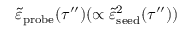
\tilde { \varepsilon } _ { \mathrm { p r o b e } } ( \tau ^ { \prime \prime } ) ( \propto \tilde { \varepsilon } _ { \mathrm { s e e d } } ^ { 2 } ( \tau ^ { \prime \prime } ) )